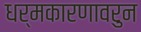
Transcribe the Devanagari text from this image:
धर्मकारणावरुन